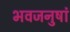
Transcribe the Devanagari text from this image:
भवजनुषां